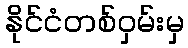
နိုင်ငံတစ်ဝှမ်းမှ